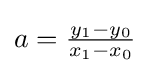
a={\tfrac {y_{1}-y_{0}}{x_{1}-x_{0}}}